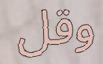
وقل